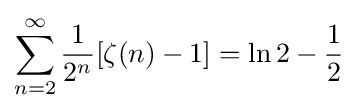
\sum _{n=2}^{\infty }{\frac {1}{2^{n}}}[\zeta (n)-1]=\ln 2-{\frac {1}{2}}